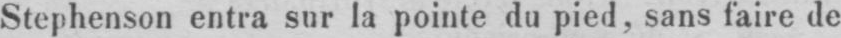
Stephenson entra sur la pointe du pied, sans faire de